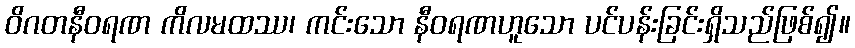
ဝိဂတနီဝရဏ ကိလမထဿ၊ ကင်းသော နီဝရဏဟူသော ပင်ပန်းခြင်းရှိသည်ဖြစ်၍။